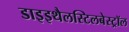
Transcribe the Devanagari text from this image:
डाइइथैलस्टिलबेस्ट्रॉल